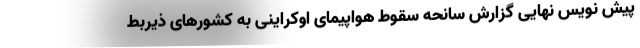
پیش نویس نهایی گزارش سانحه سقوط هواپیمای اوکراینی به کشورهای ذیربط